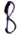
Text: B